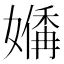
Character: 𪦣